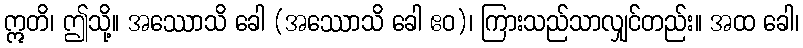
ဣတိ၊ ဤသို့။ အဿောသိ ခေါ (အဿောသိ ခေါ ဧဝ)၊ ကြားသည်သာလျှင်တည်း။ အထ ခေါ၊